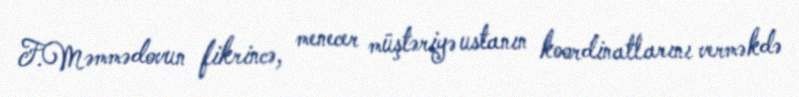
F.Məmmədovun fikrincə, menecer müştəriyə ustanın koordinatlarını verməkdə